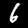
Digit: 6